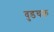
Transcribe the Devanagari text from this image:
वुडचक